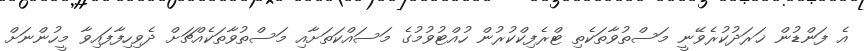
އެ ފަންޑުން ޚަރަދުކުރެވޭނީ މަސްތުވާތަކެތި ޓްރެފިކްކުރުން ހުއްޓުވުމުގެ މަސައްކަތަށާއި މަސްތުވާތަކެއްޗަށް ދެވިހިފާފައިވާ މީހުންނަށް